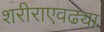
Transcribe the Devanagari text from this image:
शरीराएवढ्या